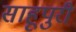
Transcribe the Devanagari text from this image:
साहूपुरी